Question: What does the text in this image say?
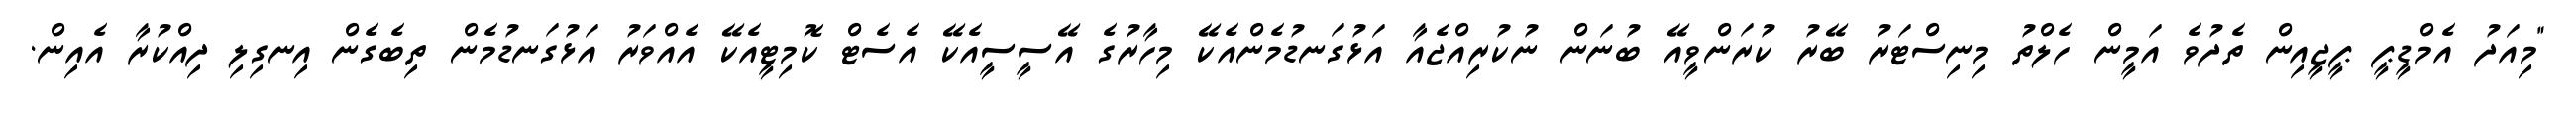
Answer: "މިއަދު އެމްޑީޕީ ޕީޖީއިން ތެދުވެ އަމީން ހެލްތު މިނިސްޓަރު ބޭރު ކުރަންވީއޭ ބުނަން ނުކުރިއްޖެއާ އަޅުގަނޑުމެންއެކޭ މިހާރުގެ އޭސީސީއެކޭ އެސެޓް ކޮމިޓީއެކޭ އެއްވަރު އަޅުގަނޑުމެން ތިބެގެން އިނގިލި ދިއްކުރާ އެއިން.